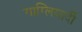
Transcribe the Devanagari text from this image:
गाग्लियार्दी